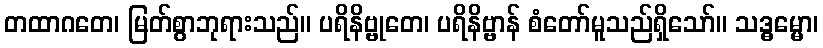
တထာဂတေ၊ မြတ်စွာဘုရားသည်။ ပရိနိဗ္ဗုတေ၊ ပရိနိဗ္ဗာန် စံတော်မူသည်ရှိသော်။ သဒ္ဓမ္မော၊